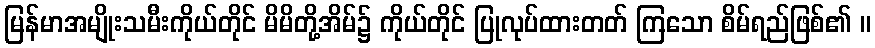
မြန်မာအမျိုးသမီးကိုယ်တိုင် မိမိတို့အိမ်၌ ကိုယ်တိုင် ပြုလုပ်ထားတတ် ကြသော စိမ်ရည်ဖြစ်၏ ။